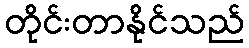
တိုင်းတာနိုင်သည်